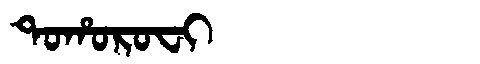
Manchu: ᡨᠣᡥᠣᡵᠣᠸᡳ
Romanization: TOHOROFI